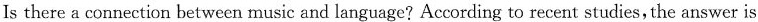
Is there a connection between music and language? According to recent studies,the answer is